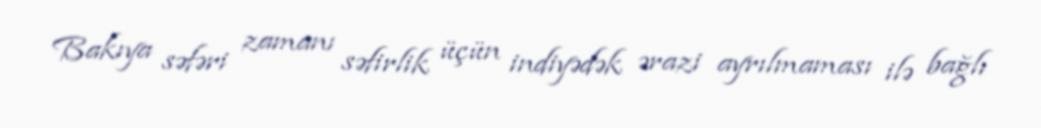
Bakıya səfəri zamanı səfirlik üçün indiyədək ərazi ayrılmaması ilə bağlı